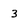
Character: 3